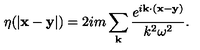
\eta ( | { \bf x - y } | ) = 2 i m \sum _ { \bf k } { \frac { e ^ { i { \bf k \cdot ( x - y ) } } } { k ^ { 2 } \omega ^ { 2 } } } .